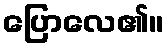
ပြောလေ၏။